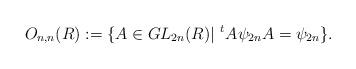
LaTeX: \begin{align*}O_{n,n}(R) := \{ A \in GL_{2n}(R) | \,\, ^{t}A\psi_{2n}A = \psi_{2n} \}.\end{align*}